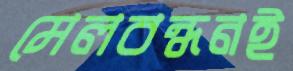
মেলবন্ধনই